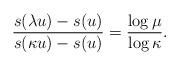
LaTeX: \begin{align*}\frac{s(\lambda u)-s(u)}{s(\kappa u)-s(u)}=\frac{\log \mu}{\log\kappa }. \end{align*}